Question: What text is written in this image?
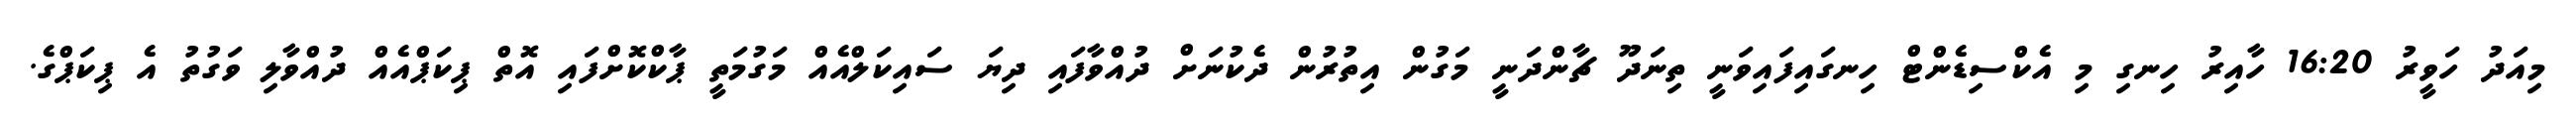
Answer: މިއަދު ހަވީރު 16:20 ހާއިރު ހިނގި މި އެކްސިޑެންޓް ހިނގައިފައިވަނީ ތިނަދޫ ޗާންދަނީ މަގުން އިތުރުން ދެކުނަށް ދުއްވާފައި ދިޔަ ސައިކަލްއެއް މަގުމަތީ ޕާކްކޮށްފައި އޮތް ޕިކަޕްއެއް ދުއްވާލި ވަގުތު އެ ޕިކަޕްގެ.